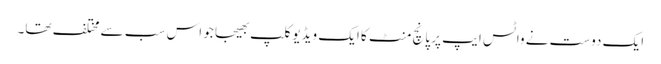
ایک دوست نے واٹس ایپ پر پانچ منٹ کا ایک ویڈیوکلپ بھیجا جو اس سب سے مختلف تھا۔